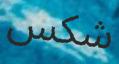
شكس